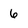
Character: 6